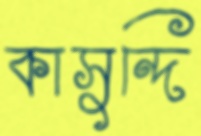
কাসুন্দি